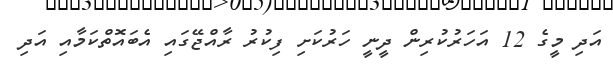
އަދި މީގެ 12 އަހަރުކުރިން ދީނީ ހަރުކަށި ފިކުރު ރާއްޖޭގައި އެބައޮތްކަމާއި އަދި